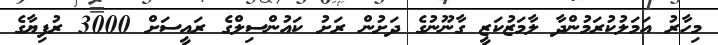
މިހާރު އަމަލުކުރަމުންދާ ލާމަޒުކަޒީ ގާނޫނުގެ ދަށުން ރަށު ކައުންސިލްގެ ރައީސަށް 3000 ރުފިޔާގެ